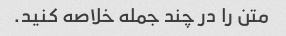
متن را در چند جمله خلاصه کنید.